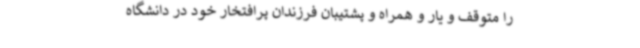
را متوقف و یار و همراه و پشتیبان فرزندان پرافتخار خود در دانشگاه